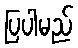
ပြပါမည်